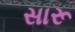
સારૂ